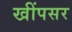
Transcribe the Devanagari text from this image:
खींपसर